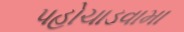
પહોચાડવામા